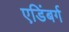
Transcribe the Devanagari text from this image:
एडिंबर्ग